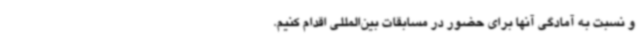
و نسبت به آمادگی آنها برای حضور در مسابقات بین‌المللی اقدام کنیم.